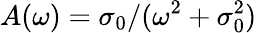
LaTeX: A(\omega)=\sigma_{0}/(\omega^{2}+\sigma_{0}^{2})